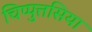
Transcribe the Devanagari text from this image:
चिप्पुत्तसिया